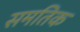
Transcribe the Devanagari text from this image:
समतिक